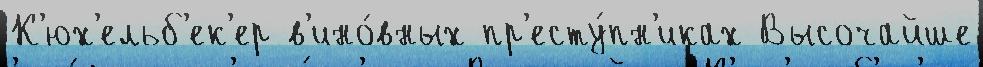
К'юх'ельб'ек'ер в'ино́вных пр'есту́пн'иках Высочайше